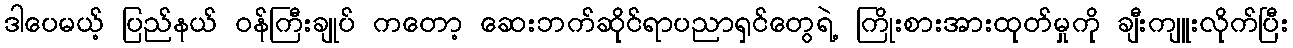
ဒါပေမယ့် ပြည်နယ် ဝန်ကြီးချုပ် ကတော့ ဆေးဘက်ဆိုင်ရာပညာရှင်တွေရဲ့ ကြိုးစားအားထုတ်မှုကို ချီးကျူးလိုက်ပြီး